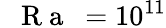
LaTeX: \mathrm{~\textit~{~R~a~}~}=10^{11}